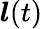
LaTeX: \boldsymbol{l}(t)